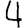
Digit: 4